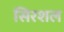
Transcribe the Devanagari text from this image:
सिरशल